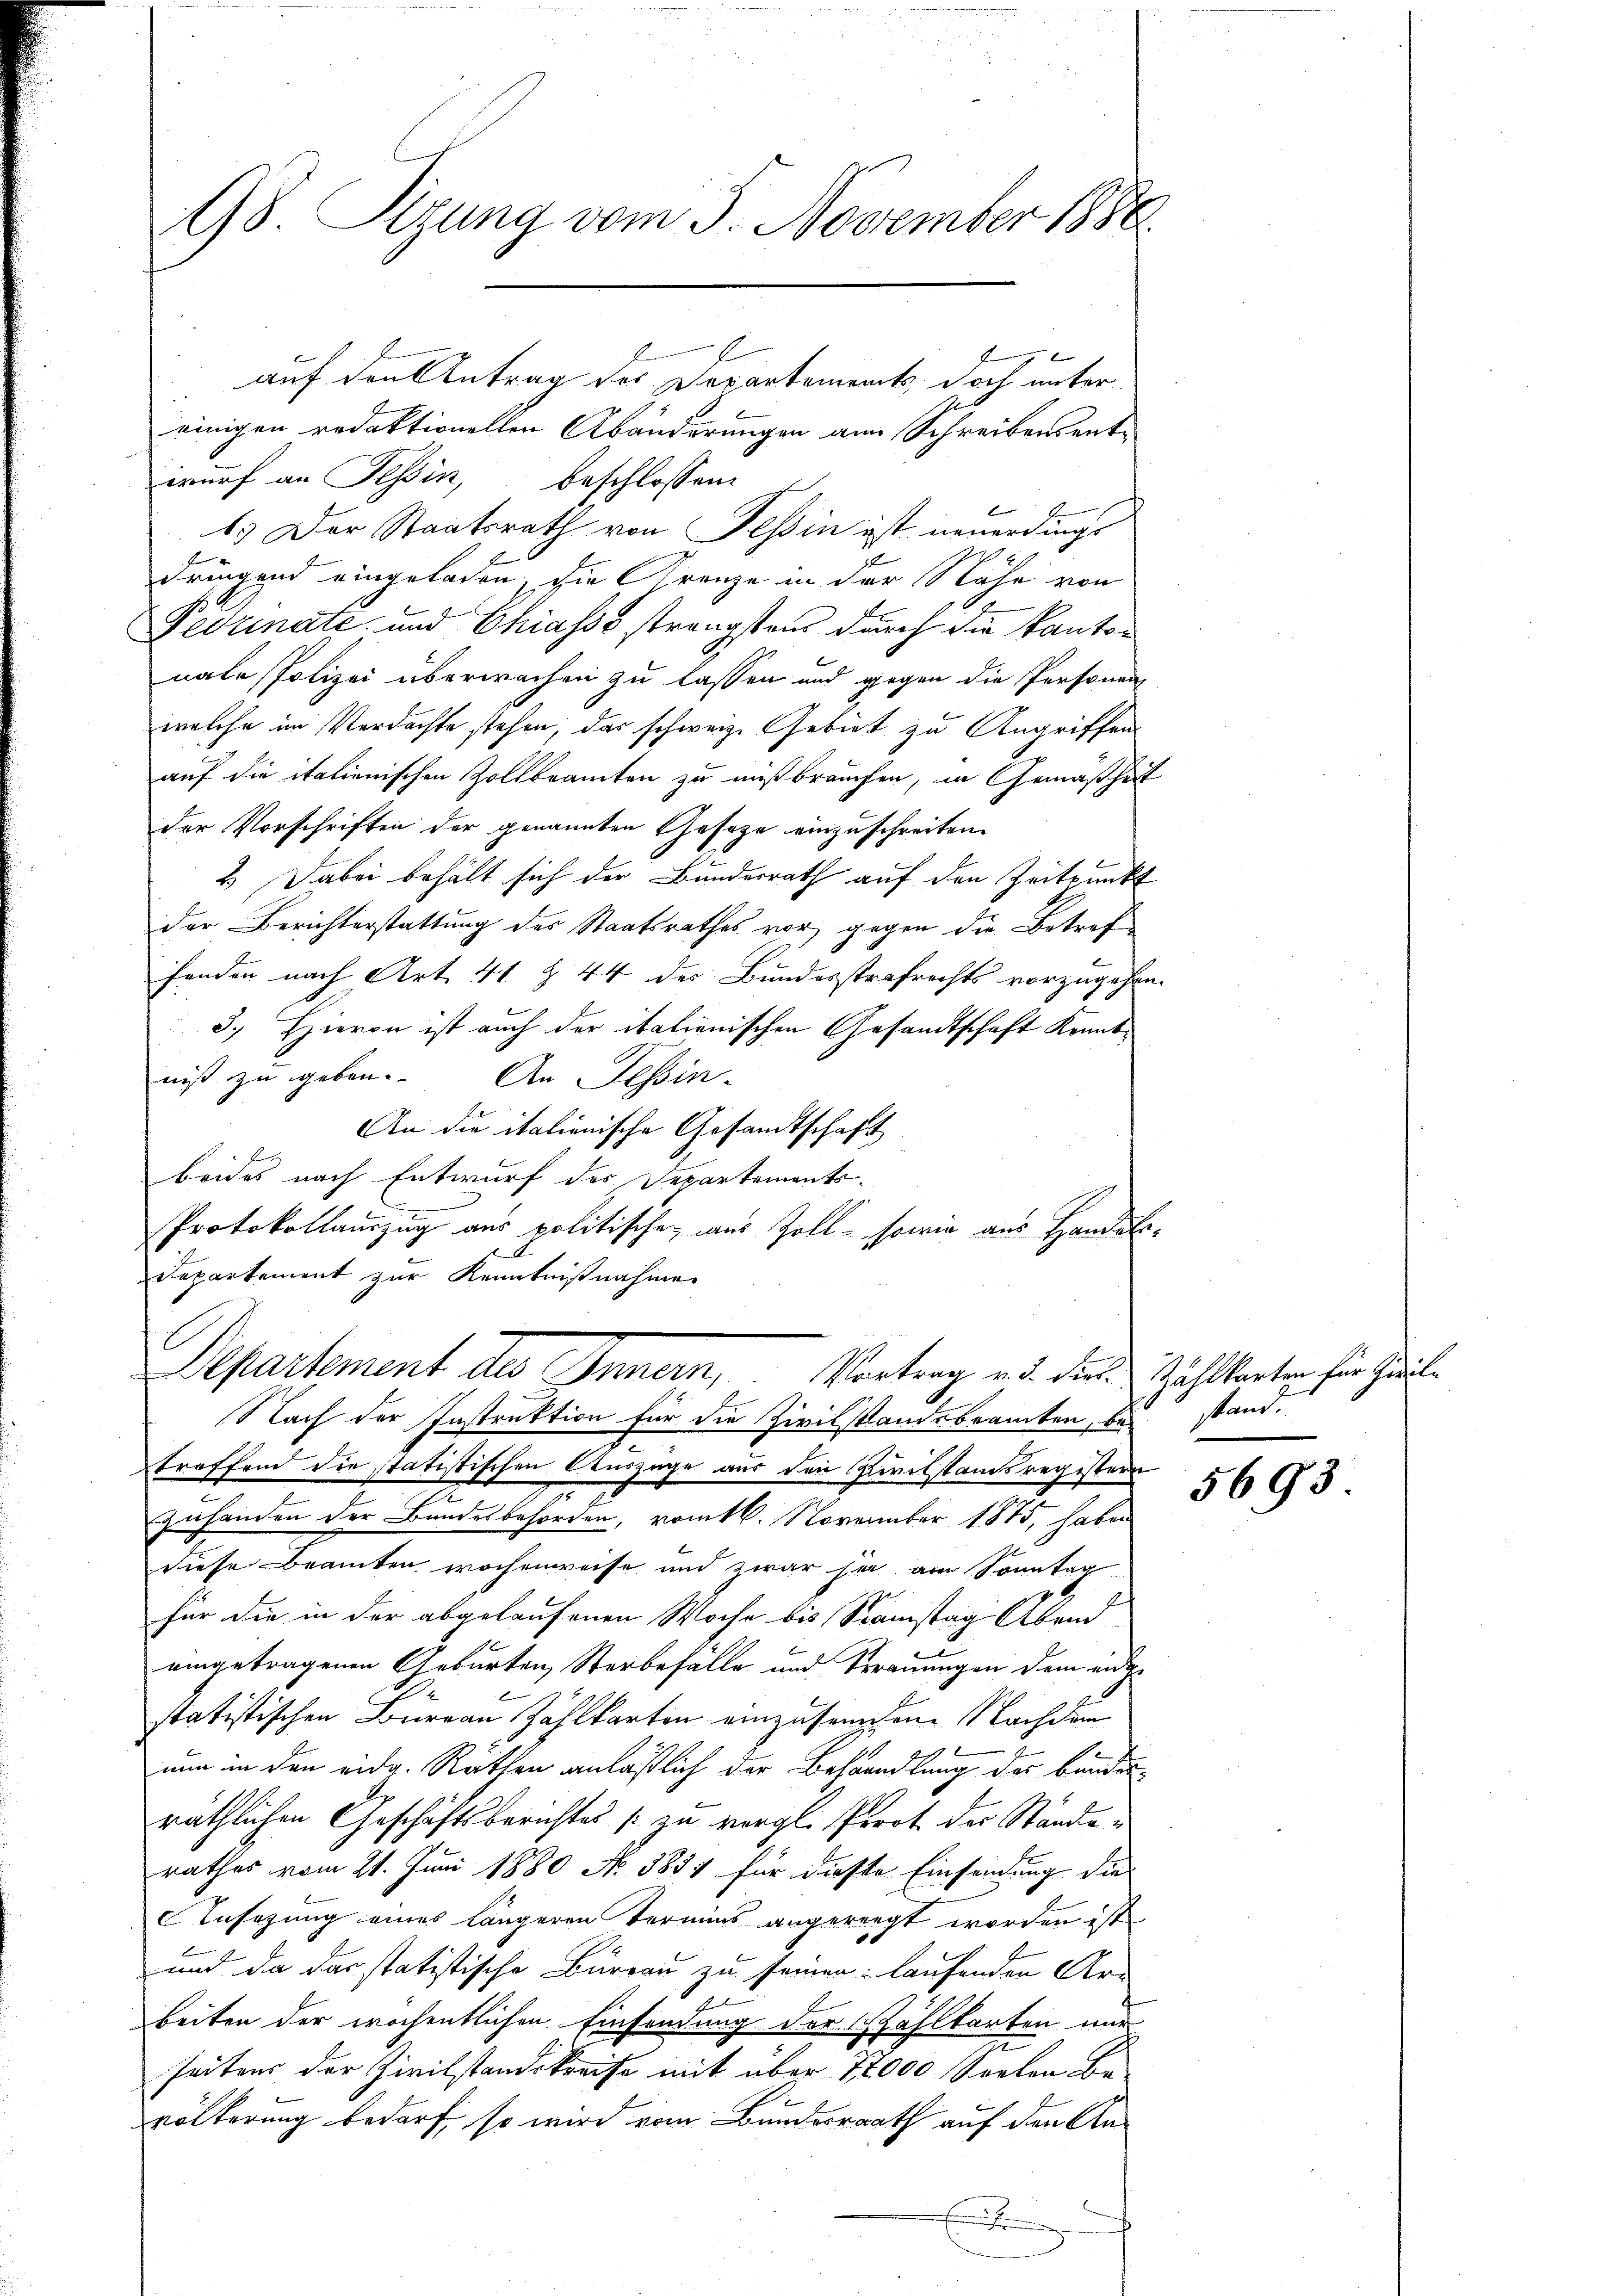
.
98. Rezung vom 5. November 186

einigen redaktionellen Abänderungen am Schreibens entwurf an Tessin, beschlossene
1.) Der Staatsrath von Tessin ist neuerdings
dringend eingeladen, die Grenze in der Nähe von
Pevrinate und Chiasso strengstens durch die Kanton
nale Polizei überwachen zu lassen und gegen die Personen
welche im Verdachte stehen, das schweiz. Gebiet zu Angriffen
auf die italienischen Zollbeamten zu mißbrauchen, in Gemäß hat
der Vorschriften der genannten Gesetze einzuschreiten.
2.) Dabei behält sich der Bundesrath auf den Zeitpunkt
Der Berichterstattung des Staatsrathes vor, gegen die Betreffenden nach Art. 41 § 44 des Bundesstrafrechts vorzugehen.
3.) Hieron ist auch der italienischen Gesandtschaft Kenntniß zu geben. An Tessin-
An die italienische Gesandtschaft
beides nach Entwurf des Departements-
e
Protokollauszug aus politische aus Zoll - sowie aus Handels-
Departement zur Kenntnißnahme
E
Departement des Innern, Vortrag d. die Zählkarten hier Zeit¬
Nach der Instruktion für die Zivilstandsbrancken, bei stand.
troffend die statistischen Auszüge aus den Civilstandsregistern
Zuhanden der Bundesbehörden, vom 16. November 1875, haben
diese Beamten wochenweise und zwar her am Sonntag
für die in der abgelaufenen Woche bis Samstag Abend
eingetragenen Geburten Sterbefälle und Trauungen dem entstatistischen Bureau Zahlkarten einzusammen. Nachdem
nun in den eidg. Räthen anläßlich der Behandlung der banderräthlichen Geschäftsberichtes zu vergl. Perot der Stände
rathes vom 21. Juni 1880 No. 1857 für diese Einsendung die
Ansazung eines längeren Termins angereigt worden ist
und da das statistische Bureau zu seinen laufenden Ar-
.
beiten der wöchentlichen Einsendung der Wahlkarten nur
seitens der Zivilstandskreise mit über 18000 Seelen Bevölkerung bedarf, so wird vom Bundesrath auf den An¬

auf den Antrag des Darantements, doch unter

5693